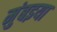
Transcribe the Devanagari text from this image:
मुंबइया